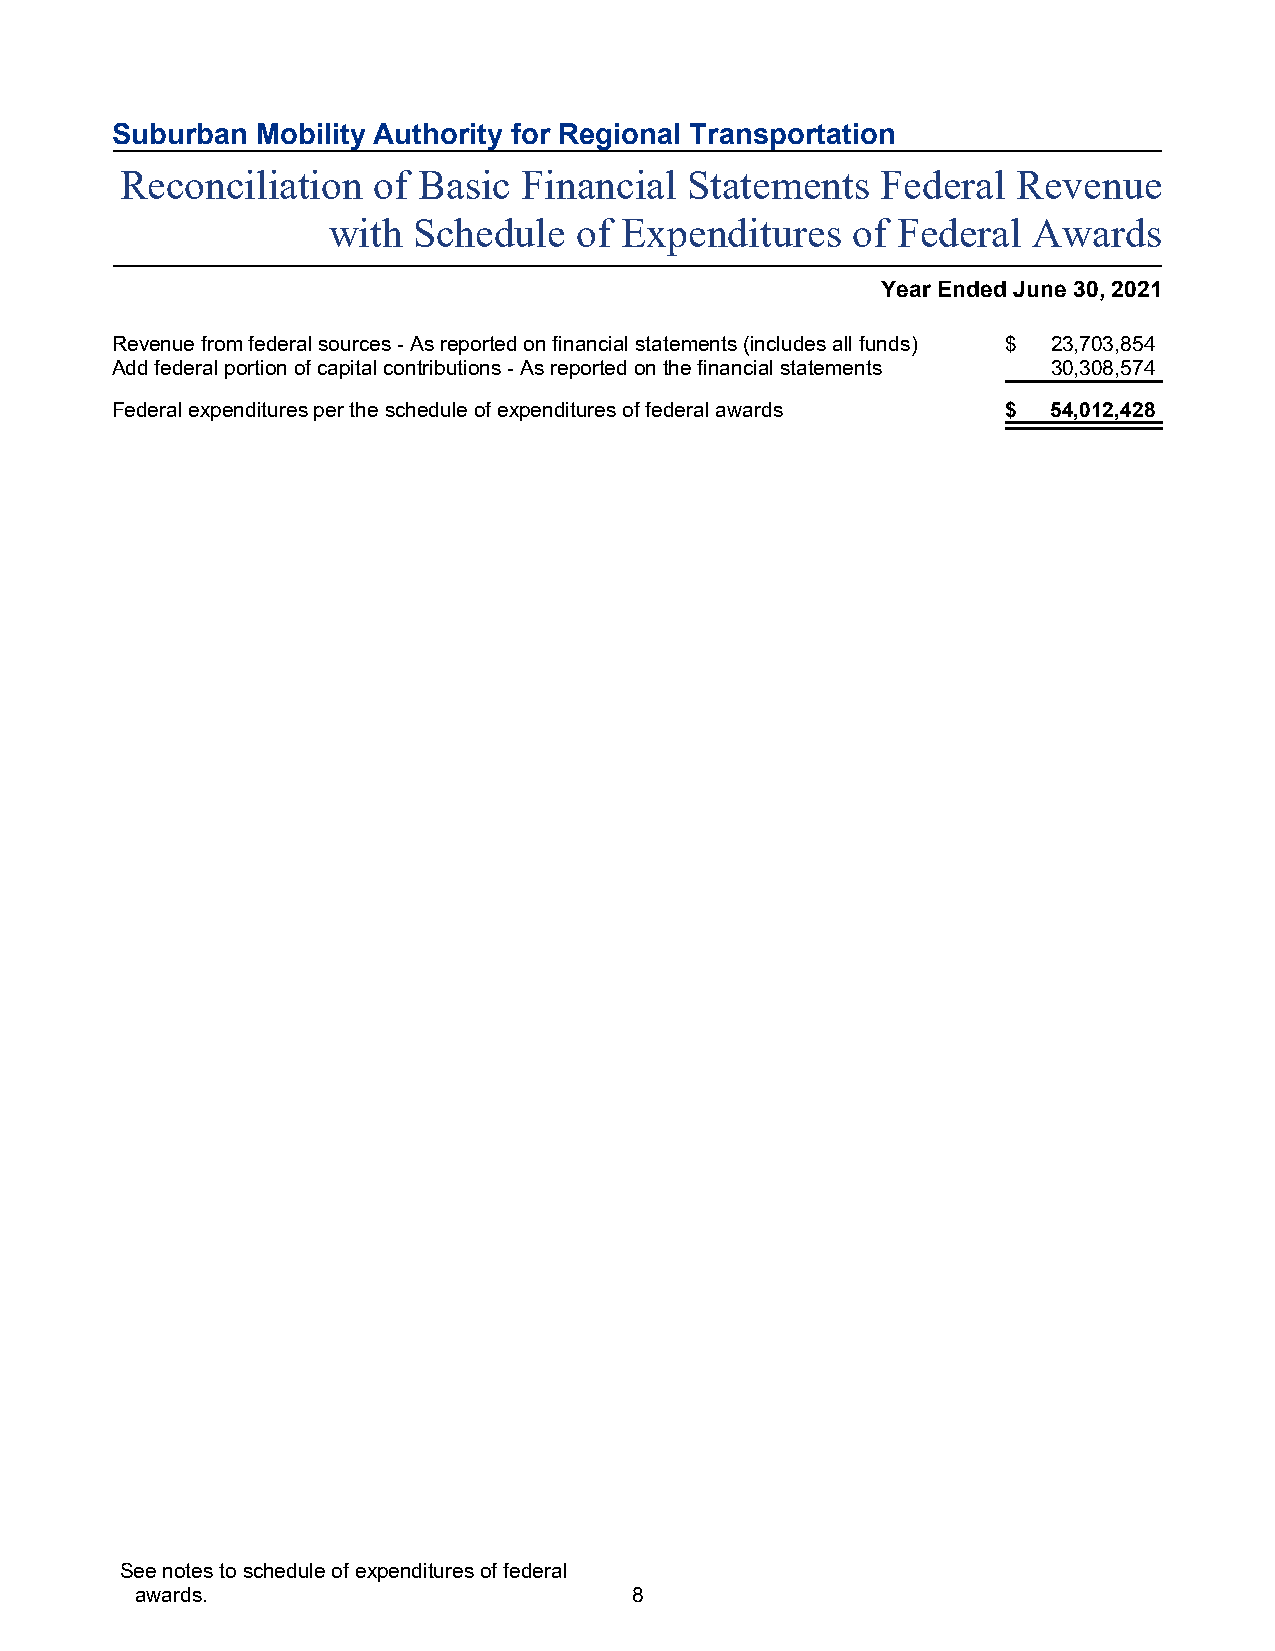
Suburban  Mobility Authority for Regional Transportation
 Reconciliation   of Basic  Financial  Statements  Federal  Revenue
 with Schedule   of Expenditures   of Federal  Awards
 Year Ended June 30, 2021
 Revenue from federal sources - As reported on financial statements (includes all funds) $ 23,703,854
 Add federal portion of capital contributions - As reported on the financial statements 30,308,574
 Federal expenditures per the schedule of expenditures of federal awards $ 54,012,428
 See notes to schedule of expenditures of federal
 awards.                          8